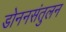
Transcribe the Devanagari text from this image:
डोननसंतुलन